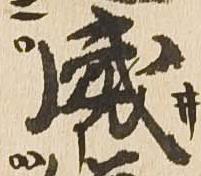
威